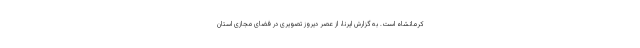
کرمانشاه است. به گزارش ایرنا، از عصر دیروز تصویری در فضای مجازی استان